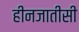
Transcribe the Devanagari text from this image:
हीनजातीसी